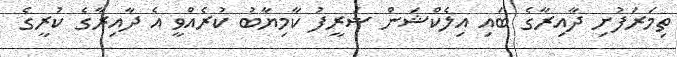
ތިމަރަފުށި ދާއިރާގެ ބައި އިލެކްޝަން ޝަރީފު ކާމިޔާބު ކުރެއްވީ އެ ދާއިރާގެ ކުރީގެ